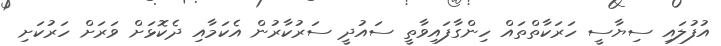
އުފުލައި ސިޔާސީ ހަރަކާތްތައް ހިންގާފައިވާތީ ސައުދީ ސަރުކާރުން އެކަމާއި ދެކޮޅަށް ވަރަށް ހަރުކަށި